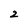
Character: 2